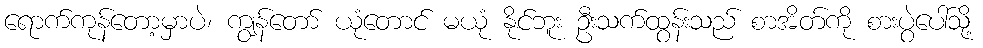
ရောက်ကုန်တော့မှာပဲ၊ ကျွန်တော် ယုံတောင် မယုံ နိုင်ဘူး ဦးသက်ထွန်းသည် စာအိတ်ကို စားပွဲပေါ်သို့